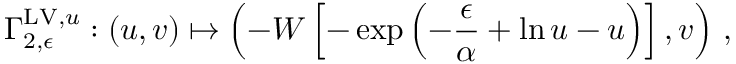
\Gamma _ { 2 , \epsilon } ^ { \mathrm { L V } , u } : ( u , v ) \mapsto \left( - W \left[ - \exp \left( - \frac { \epsilon } { \alpha } + \ln u - u \right) \right] , v \right) \, ,